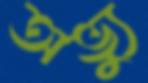
অভ্যু